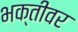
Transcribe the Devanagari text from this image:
भक्तीवर